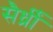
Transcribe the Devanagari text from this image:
सैर्ध्रीं